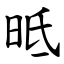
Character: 㫝